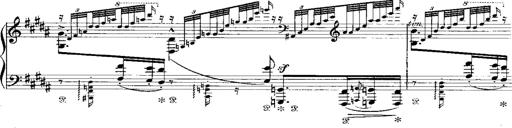
Title: Miserere du Trovatore
Composer: Franz Liszt